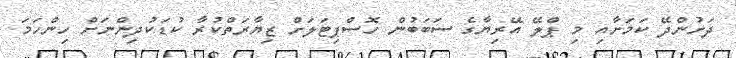
ދަށުންދޭ ކަމަށާއި މި ޕްލޭ އޭރިޔާގެ ސަބަބުން ހޮސްޕިޓަލަށް ޒިޔާރަތްކުރާ ކުޑަކުދިންނަށް ހިންހަމަ